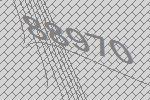
88970